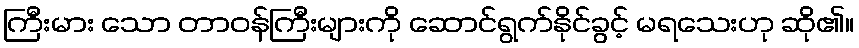
ကြီးမား သော တာဝန်ကြီးများကို ဆောင်ရွက်နိုင်ခွင့် မရသေးဟု ဆို၏။